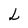
Character: L